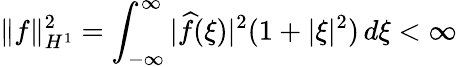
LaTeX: \| f\| _{H^{1}}^{2}=\int_{-\infty}^{\infty}|{\widehat{f}}(\xi)|^{2}(1+|\xi|^{2})\, d\xi<\infty